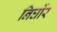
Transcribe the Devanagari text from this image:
निर्घोर